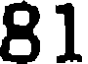
81